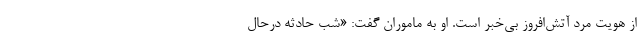
از هویت مرد آتش‌افروز بی‌خبر است. او به ماموران گفت: «شب حادثه درحال